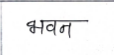
मजकूर: भवन